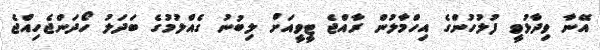
އޭނާ ވިދާޅުވީ ފުލުހުންގެ އިހްމާލުން ރާއްޖެ ޓީވީއަށް ލިބުނު ގެއްލުމުގެ ބަދަލު ހޯދަންޖެހިއްޖެ